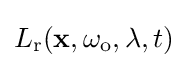
L_{\text{r}}(\mathbf {x} ,\omega _{\text{o}},\lambda ,t)